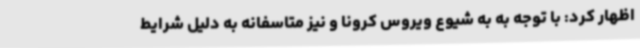
اظهار کرد: با توجه به به شیوع ویروس کرونا و نیز متاسفانه به دلیل شرایط